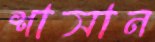
শাসান